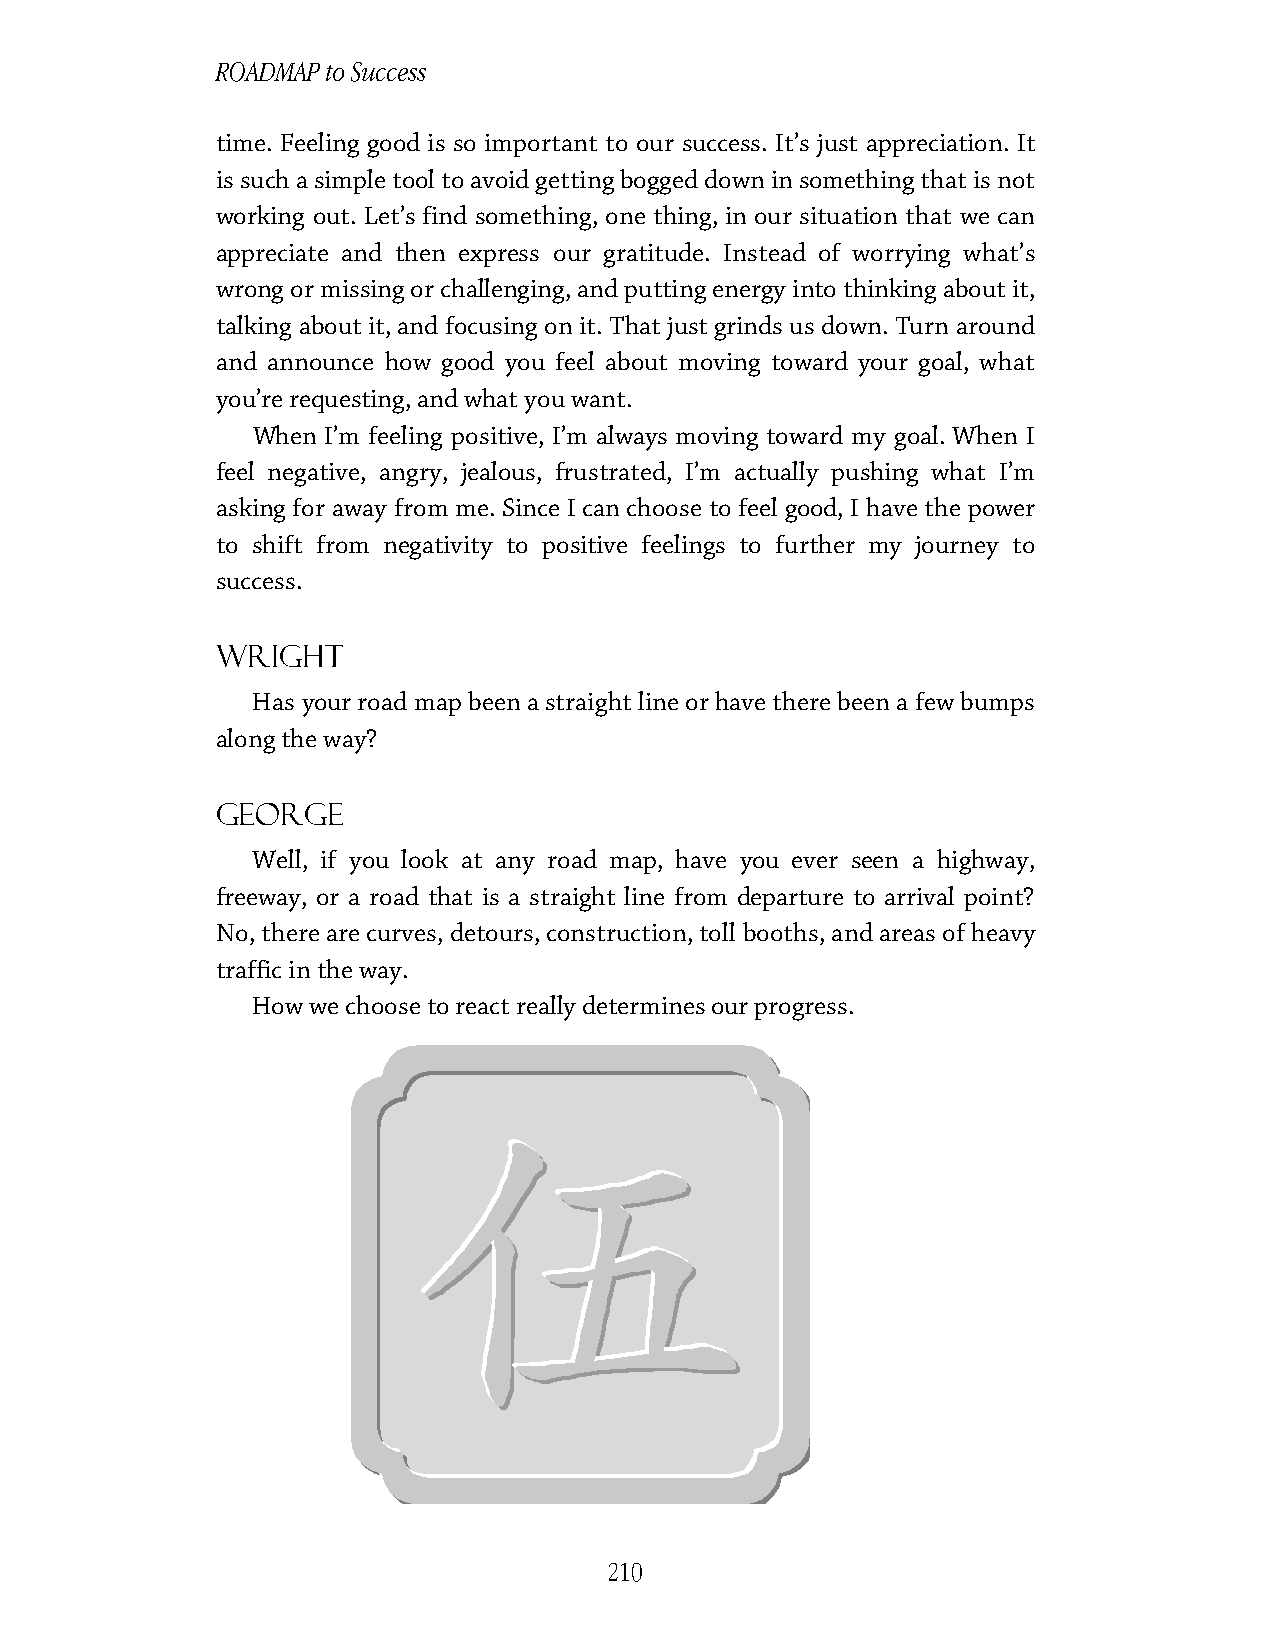
ROADMAP to Success
 time. Feeling good is so important to our success. It’s just appreciation. It
 is such a simple tool to avoid getting bogged down in something that is not
 working out. Let’s find something, one thing, in our situation that we can
 appreciate and then express our gratitude. Instead of worrying what’s
 wrong or missing or challenging, and putting energy into thinking about it,
 talking about it, and focusing on it. That just grinds us down. Turn around
 and announce how good you feel about moving toward your goal, what
 you’re requesting, and what you want.
 When I’m feeling positive, I’m always moving toward my goal. When I
 feel negative, angry, jealous, frustrated, I’m actually pushing what I’m
 asking for away from me. Since I can choose to feel good, I have the power
 to shift from negativity to positive feelings to further my journey to
 success.
 Wright
 Has your road map been a straight line or have there been a few bumps
 along the way?
 George
 Well, if you look at any road map, have you ever seen a highway,
 freeway, or a road that is a straight line from departure to arrival point?
 No, there are curves, detours, construction, toll booths, and areas of heavy
 traffic in the way.
 How we choose to react really determines our progress.
 210